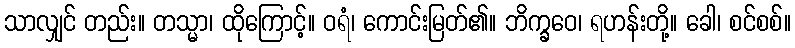
သာလျှင် တည်း။ တသ္မာ၊ ထိုကြောင့်။ ဝရံ၊ ကောင်းမြတ်၏။ ဘိက္ခဝေ၊ ရဟန်းတို့။ ခေါ၊ စင်စစ်။